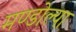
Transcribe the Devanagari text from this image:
मण्डोल्या